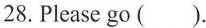
28. Please go ( ).